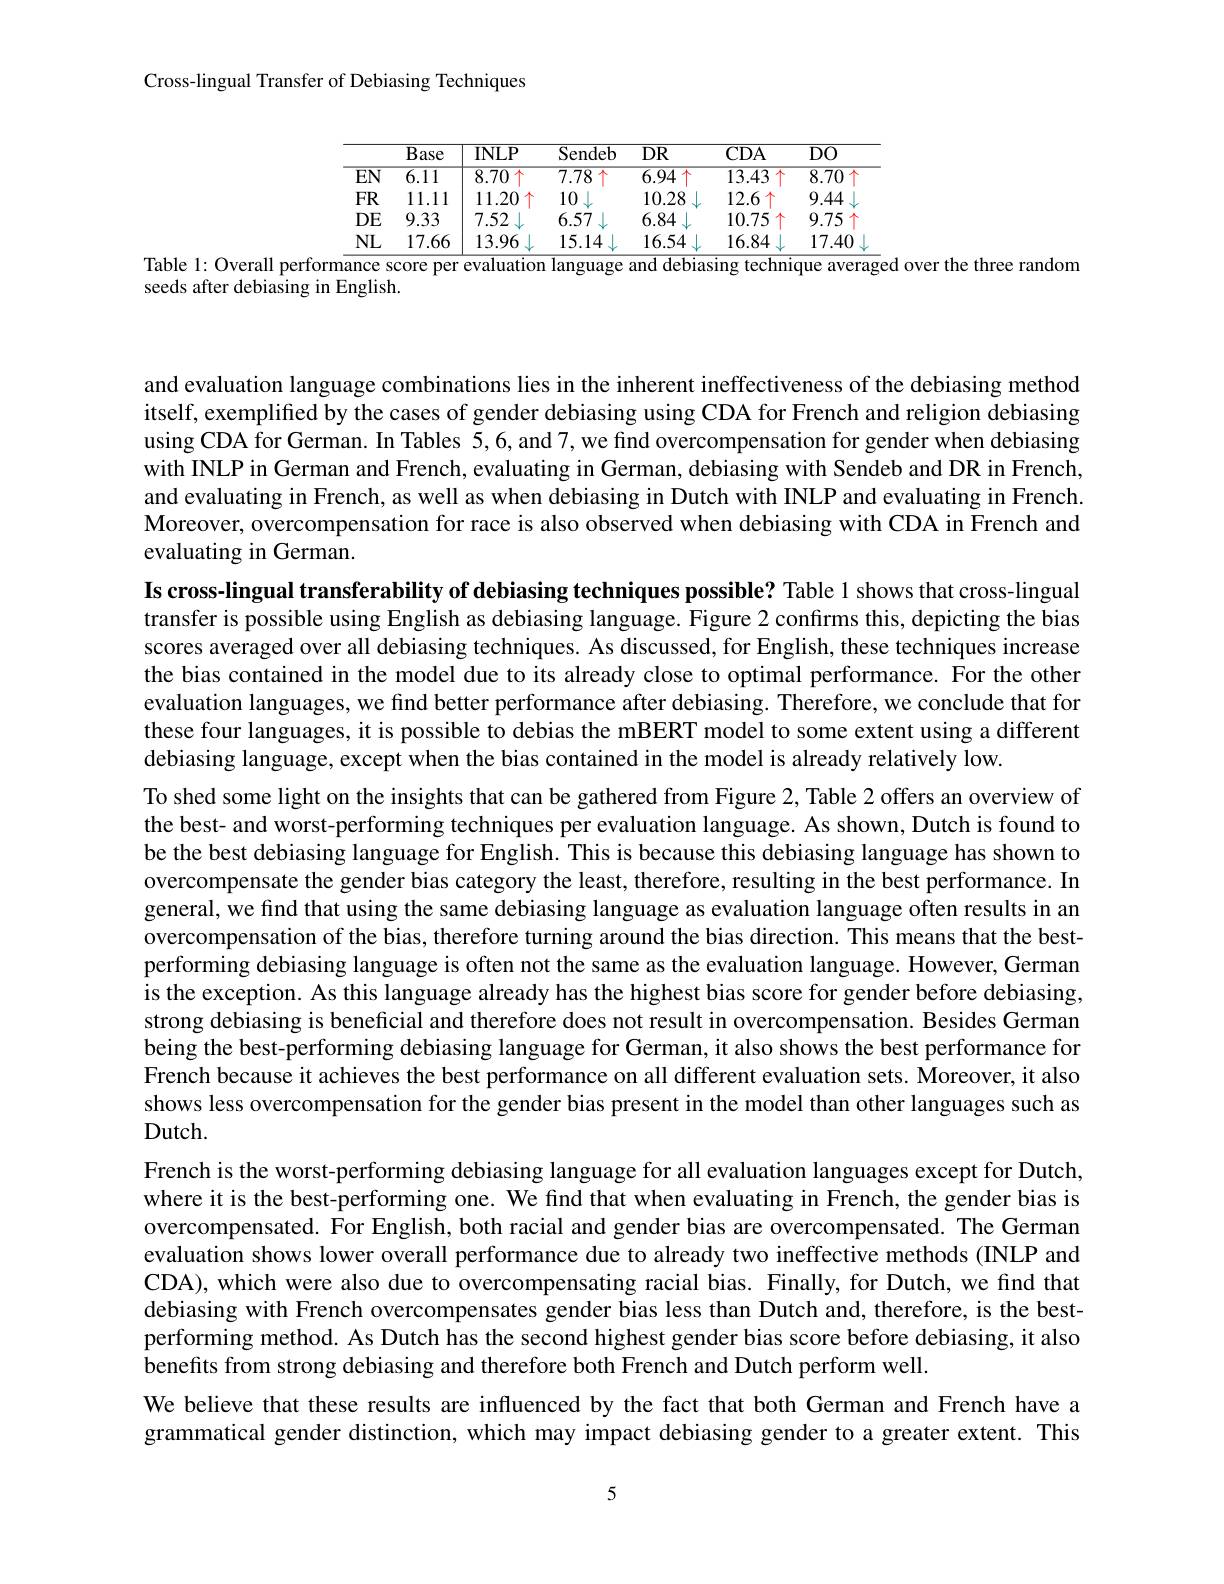
Cross-lingual Transfer of Debiasing Techniques

<table>
	<tbody>
		<tr>
			<th> </th>
			<th>$\overline{\text{Base}}$</th>
			<th>$INLP$</th>
			<th>Sendeb</th>
			<th>$\overline{DR}$</th>
			<th>$CDA$</th>
			<th>$DO$</th>
		</tr>
		<tr>
			<td>$\overline{EN}$</td>
			<td>$\overline{6.11}$</td>
			<td>8.70</td>
			<td>7.78</td>
			<td>$\overline{6.94}$</td>
			<td>13.43</td>
			<td>$\overline{8.70}$</td>
		</tr>
		<tr>
			<td>$FR$</td>
			<td>11.11</td>
			<td>11.20</td>
			<td>10 112 $a_{11}$</td>
			<td>10.28</td>
			<td>12.6</td>
			<td>9.44</td>
		</tr>
		<tr>
			<td>$DE$</td>
			<td>9.33</td>
			<td>7.52</td>
			<td>6.57</td>
			<td>6.84</td>
			<td>10.75</td>
			<td>9.75</td>
		</tr>
		<tr>
			<td>NL</td>
			<td>17.66</td>
			<td>13.96</td>
			<td>15.14</td>
			<td>16.54</td>
			<td>16.84</td>
			<td>17.40</td>
		</tr>
	</tbody>
</table>
Table 1: Overall performance score per evaluation language and debiasing technique averaged over the three random

seeds after debiasing in English.

and evaluation language combinations lies in the inherent ineffectiveness of the debiasing method itself, exemplified by the cases of gender debiasing using CDA for French and religion debiasing using CDA for German. In Tables 5,6, and 7, we find overcompensation for gender when debiasing with INLP in German and French, evaluating in German, debiasing with Sendeb and DR in French and evaluating in French, as well as when debiasing in Dutch with INLP and evaluating in French Moreover, overcompensation for race is also observed when debiasing with CDA in French and evaluating in German.

Is cross-lingual transferability of debiasing techniques possible? Table 1 shows that cross-lingual transfer is possible using English as debiasing language. Figure 2 confirms this, depicting the bias scores averaged over all debiasing techniques. As discussed, for English, these techniques increase the bias contained in the model due to its already close to optimal performance. For the other evaluation languages, we find better performance after debiasing. Therefore, we conclude that for these four languages, it is possible to debias the mBERT model to some extent using a different debiasing language, except when the bias contained in the model is already relatively low.
To shed some light on the insights that can be gathered from Figure 2, Table 2 offers an overview of the best- and worst-performing techniques per evaluation language. As shown, Dutch is found to be the best debiasing language for English. This is because this debiasing language has shown to overcompensate the gender bias category the least, therefore, resulting in the best performance. In general, we find that using the same debiasing language as evaluation language often results in an overcompensation of the bias, therefore turning around the bias direction. This means that the bestperforming debiasing language is often not the same as the evaluation language. However, Germam is the exception. As this language already has the highest bias score for gender before debiasing, strong debiasing is beneficial and therefore does not result in overcompensation. Besides German being the best-performing debiasing language for German, it also shows the best performance for French because it achieves the best performance on all different evaluation sets. Moreover, it also shows less overcompensation for the gender bias present in the model than other languages such as Dutch.
French is the worst-performing debiasing language for all evaluation languages except for Dutch where it is the best-performing one. We find that when evaluating in French, the gender bias is overcompensated. For English, both racial and gender bias are overcompensated. The German evaluation shows lower overall performance due to already two ineffective methods (INLP and CDA), which were also due to overcompensating racial bias. Finally, for Dutch, we find that debiasing with French overcompensates gender bias less than Dutch and, therefore, is the bestperforming method. As Dutch has the second highest gender bias score before debiasing, it also benefits from strong debiasing and therefore both French and Dutch perform well.
We believe that these results are influenced by the fact that both German and French have a grammatical gender distinction, which may impact debiasing gender to a greater extent. This

5